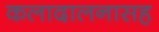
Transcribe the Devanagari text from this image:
कलादालनासह